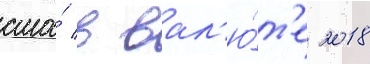
сша́ в вал'ю́т'е 2018